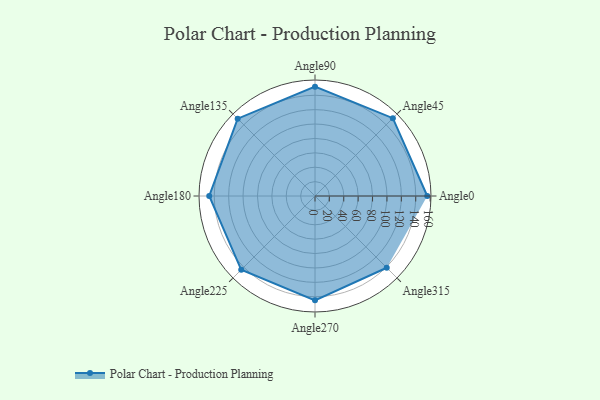
{"axis": {"x": "Angle", "y": "Radius"}, "legend": [""], "data": [{"x": "Angle0", "y": 156.0, "type": ""}, {"x": "Angle45", "y": 153.0, "type": ""}, {"x": "Angle90", "y": 152.0, "type": ""}, {"x": "Angle135", "y": 152.0, "type": ""}, {"x": "Angle180", "y": 147.0, "type": ""}, {"x": "Angle225", "y": 145.0, "type": ""}, {"x": "Angle270", "y": 145.0, "type": ""}, {"x": "Angle315", "y": 141.0, "type": ""}]}